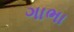
ગાભા